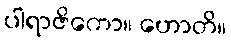
ပါရာဇိကော။ ဟောတိ။